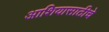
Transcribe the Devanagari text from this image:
आशियासाठीचे